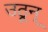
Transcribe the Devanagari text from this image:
उठून्